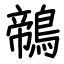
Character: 鶙